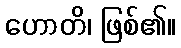
ဟောတိ၊ ဖြစ်၏။